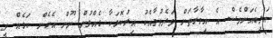
އަލިބެއަށްވެސް އެ އިމާރާތަށް ވަދެވުމާއެކު އިރުކޮޅަކާ ގެއްލުން ނޫން އެހެން ކަމެއް ވީ